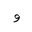
Letter: _waw